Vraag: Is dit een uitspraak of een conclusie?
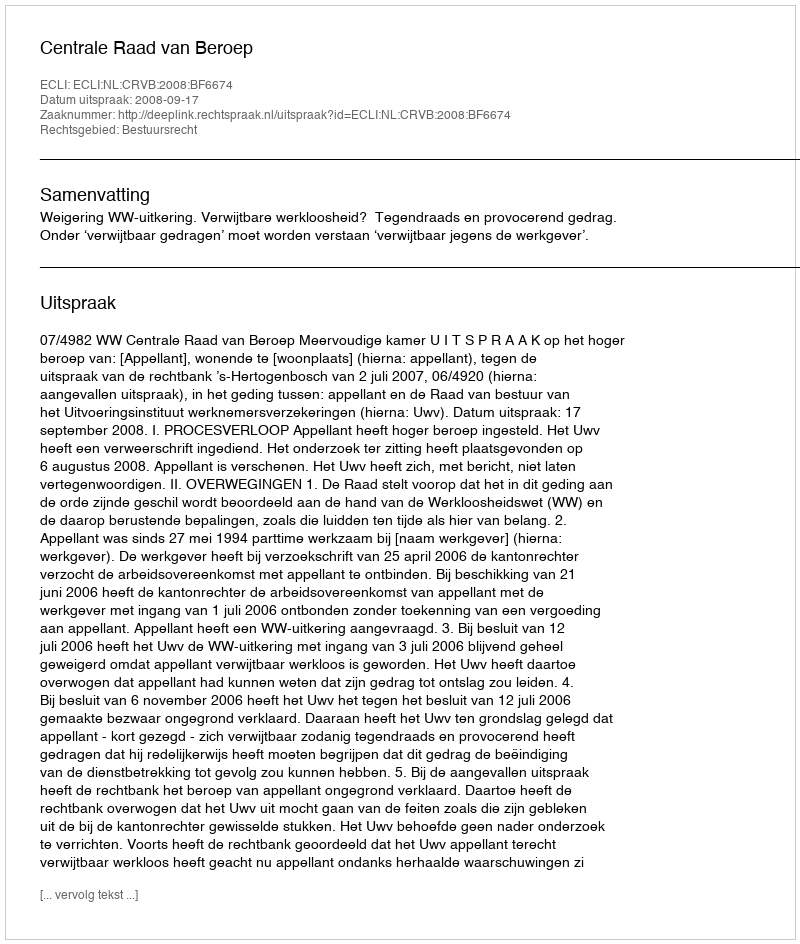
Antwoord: Uitspraak